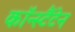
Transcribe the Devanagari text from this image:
कॉन्स्टैंटेन